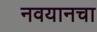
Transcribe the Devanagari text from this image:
नवयानचा